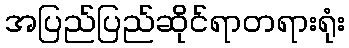
အပြည်ပြည်ဆိုင်ရာတရားရုံး